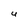
Character: U